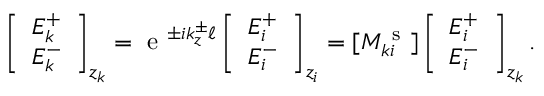
\left[ \begin{array} { l } { E _ { k } ^ { + } } \\ { E _ { k } ^ { - } } \end{array} \right] _ { z _ { k } } = \mathrm { ~ e ~ } ^ { \pm i k _ { z } ^ { \pm } \ell } \left[ \begin{array} { l } { E _ { i } ^ { + } } \\ { E _ { i } ^ { - } } \end{array} \right] _ { z _ { i } } = [ M _ { k i } ^ { \mathrm { ~ s ~ } } ] \left[ \begin{array} { l } { E _ { i } ^ { + } } \\ { E _ { i } ^ { - } } \end{array} \right] _ { z _ { k } } .